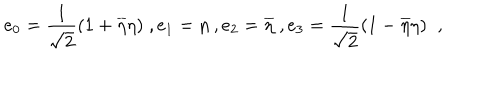
e _ { 0 } = { \frac { 1 } { \sqrt { 2 } } } ( 1 + { \overline { { { \eta } } } } \eta ) \; , e _ { 1 } = \eta \; , e _ { 2 } = \overline { { { \eta } } } \; , e _ { 3 } = { \frac { 1 } { \sqrt { 2 } } } ( 1 - { \overline { { { \eta } } } } \eta ) \; \; ,